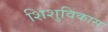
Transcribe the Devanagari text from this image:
शिशुविकास